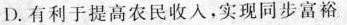
D.有利于提高农民收入，实现同步富裕